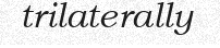
trilaterally